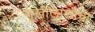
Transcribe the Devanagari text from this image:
सुखीलालाची